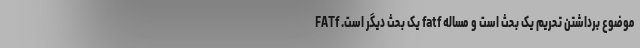
موضوع برداشتن تحریم یک بحث است و مساله fatf یک بحث دیگر است. FATf